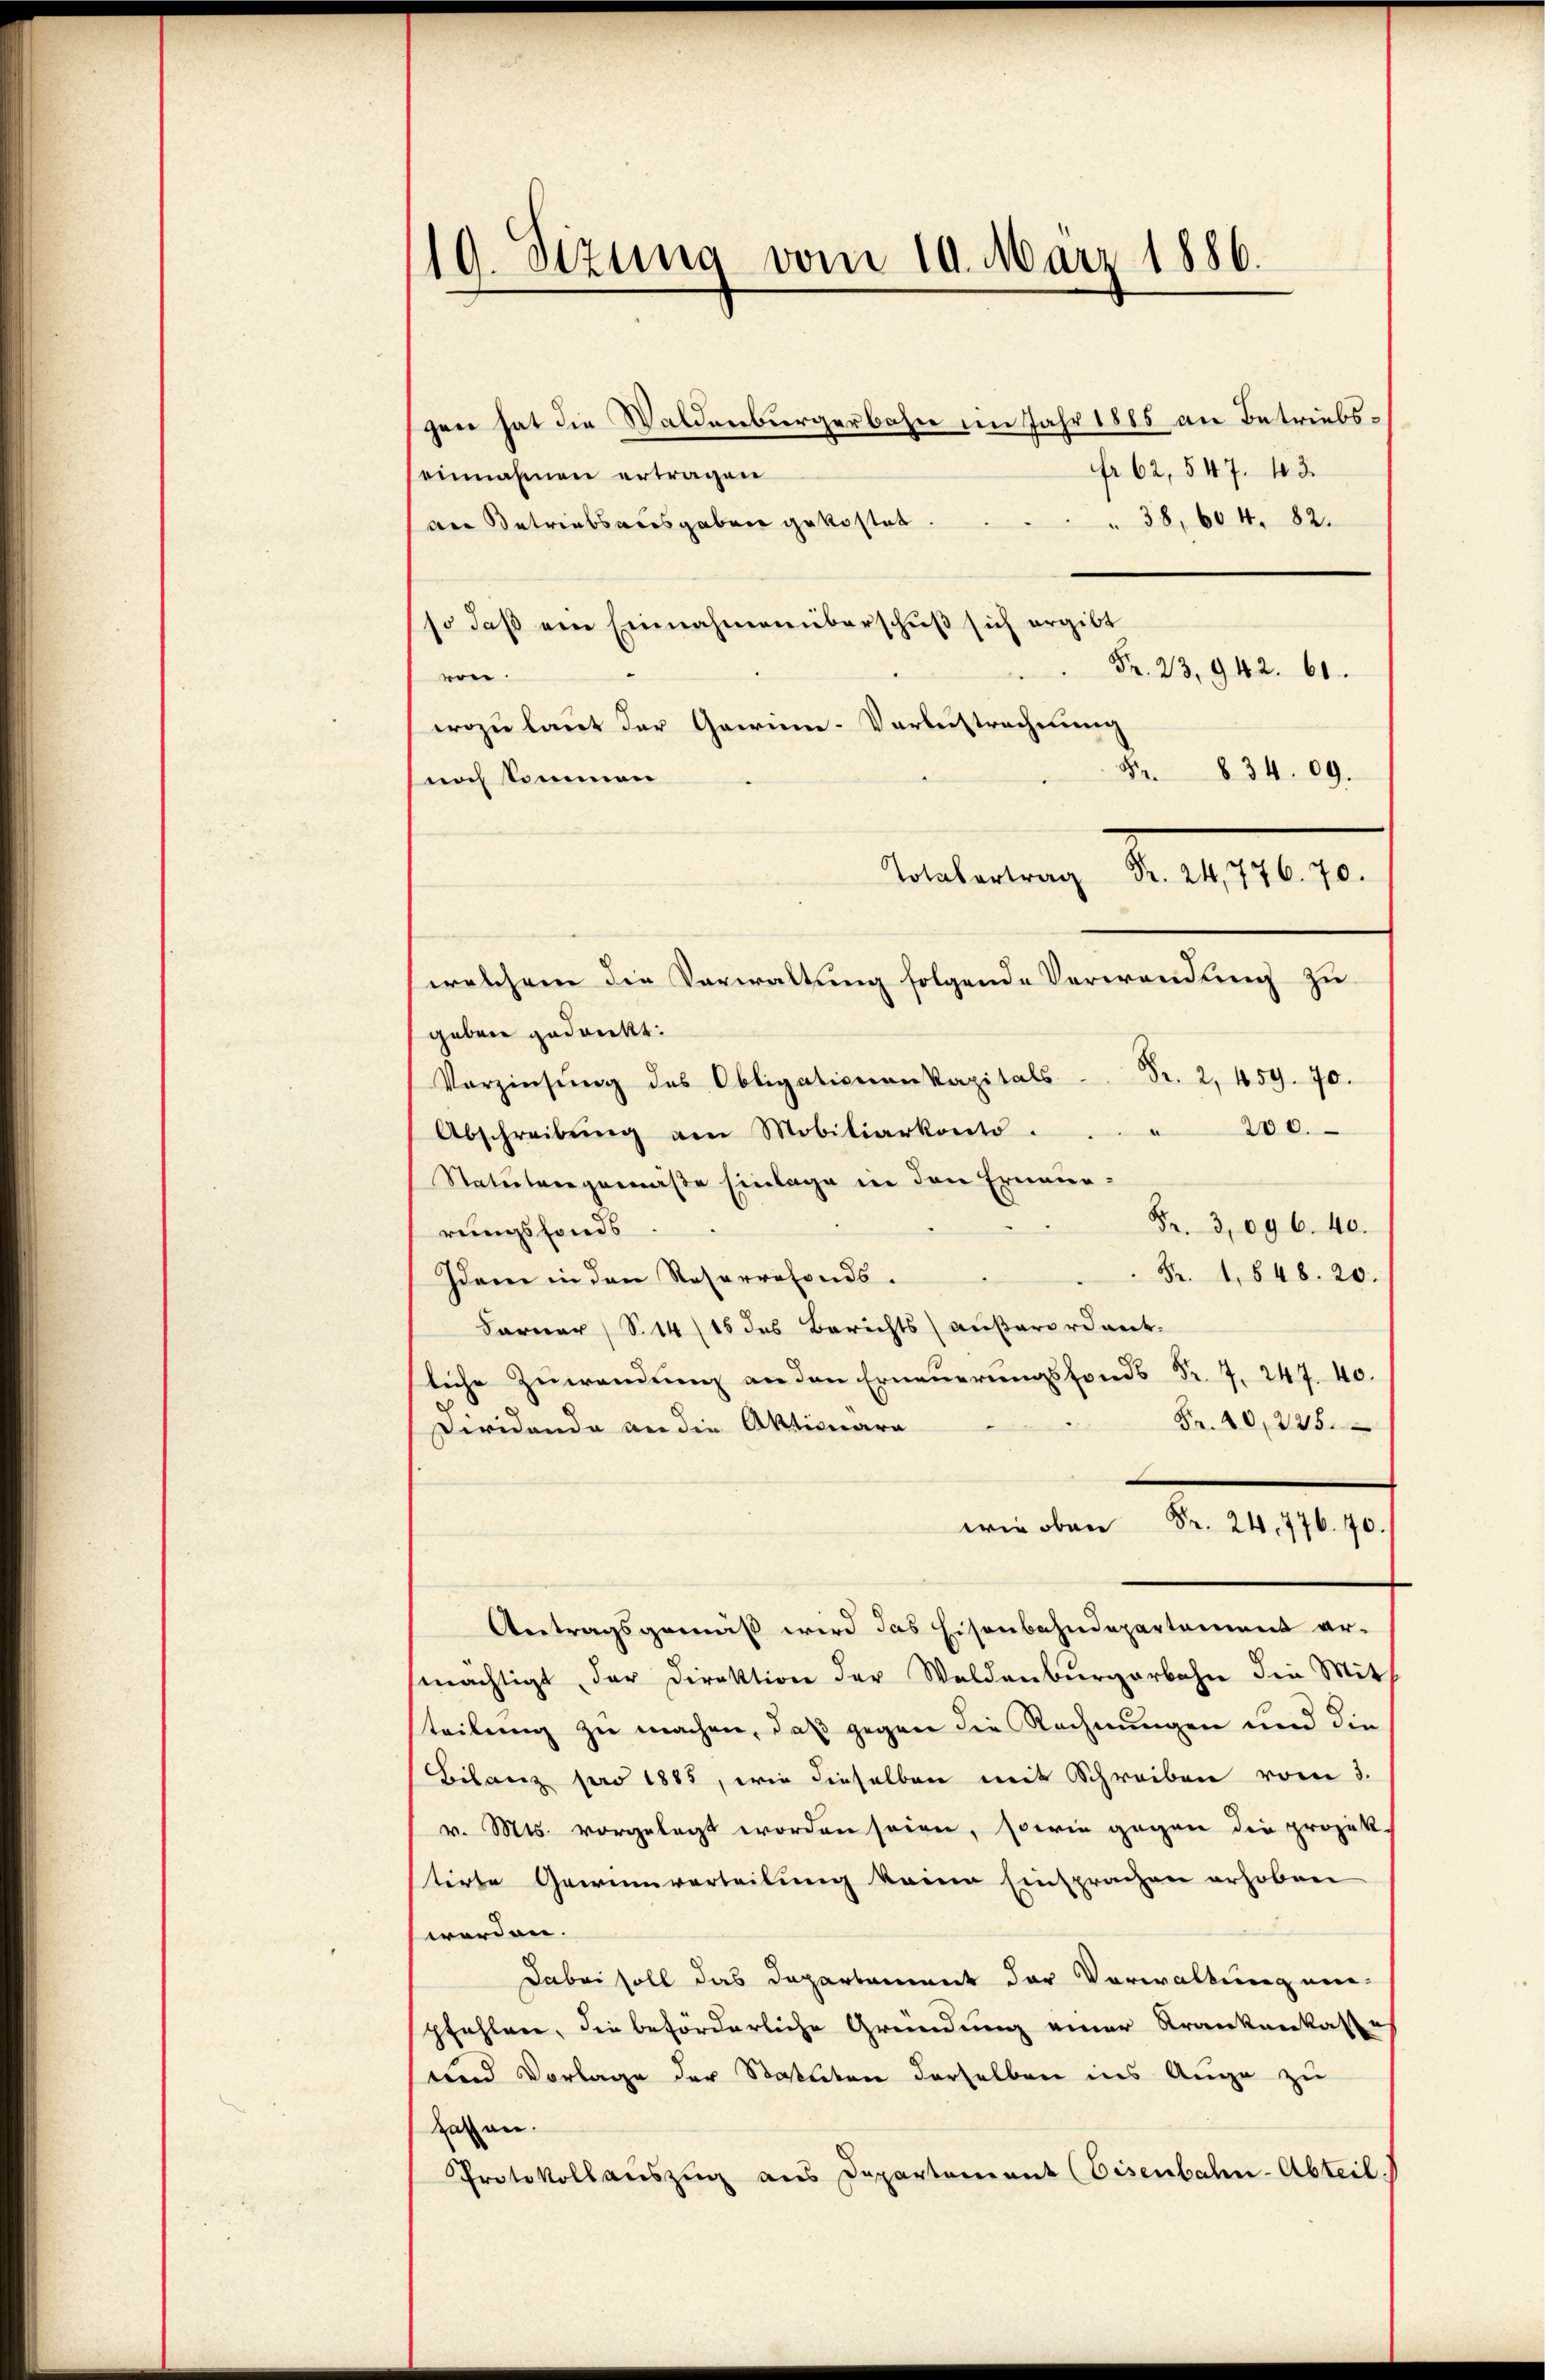
19. Sizung vom 10. März 1886.

gen hat die Waldenburgerbasie im Jahr 1885 an Betriebsfr 62, 547. 483.
seinnahmen ertragen
 38, 604. 82.
de Betriebsausgaben gekostet
so daß ein Einnahmen überschuß sich ergibt
Fr. 23. 942. 61.
von.
wozu laut der Garien-Verbeistrechnung
Fr. 834. 09.
noch kommen
Totobertrag
F. v. 18.10.
welchem die Verwaltung folgende Verwendung zu
geben gedankt.
Verzinsŭng des Obligationenkapitals Fr. 2, 459. 70.
200.
Abschreibŭng am Mobiliarkonto.
Statutengemäße Einlage in den Erneue¬
Fr. 3096. 40.
rungsfonds
Fr. 1. 548. 20.
Idem in den Reserrefonds.
Farner (S. 14/15 des Berichts außerordent.
liche Zuwendŭng an den Erneŭ
Fr. 40, 225.
Dividanda an die Aktionara
wie oben Fr. 24. 776. 70.
Antragsgemäß wird das Eisenbahndepartement ermächtigt, der Direktion der Waldenbŭrgerbahn die Mit
steilung zu machen, daß gegen die Rechnungen und die
Bilanz pro 1885, wie dieselben mit Schreiben vom 3.
v. Mts. vorgelegt worden seien, sowie gegen die projektirte Gewinverteilung keine Einsprachen erhoben
werden.
Dabei soll das Departement der Verwaltung einpfehlen, die beförderliche Gründung einer Krankenkasse
und Vorlage der Statuten derselben ins Auge zu
fassen.
Protokollauszug aus Departement (Eisenbahn-Abteil.